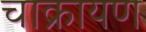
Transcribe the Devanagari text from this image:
चाक्रायण